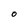
Character: 0